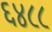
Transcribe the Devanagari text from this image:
६४८८